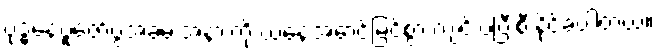
ဗုဒ္ဓနေ့ပူဇော်ပွဲအခမ်းအနားကို ယနေ့အောင်မြင်စွာ ကျင်းပပြီးစီးနိုင်ခဲ့ပါတယ်။